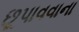
છૂપાવવાના